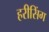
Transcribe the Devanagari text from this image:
हरीसिंग